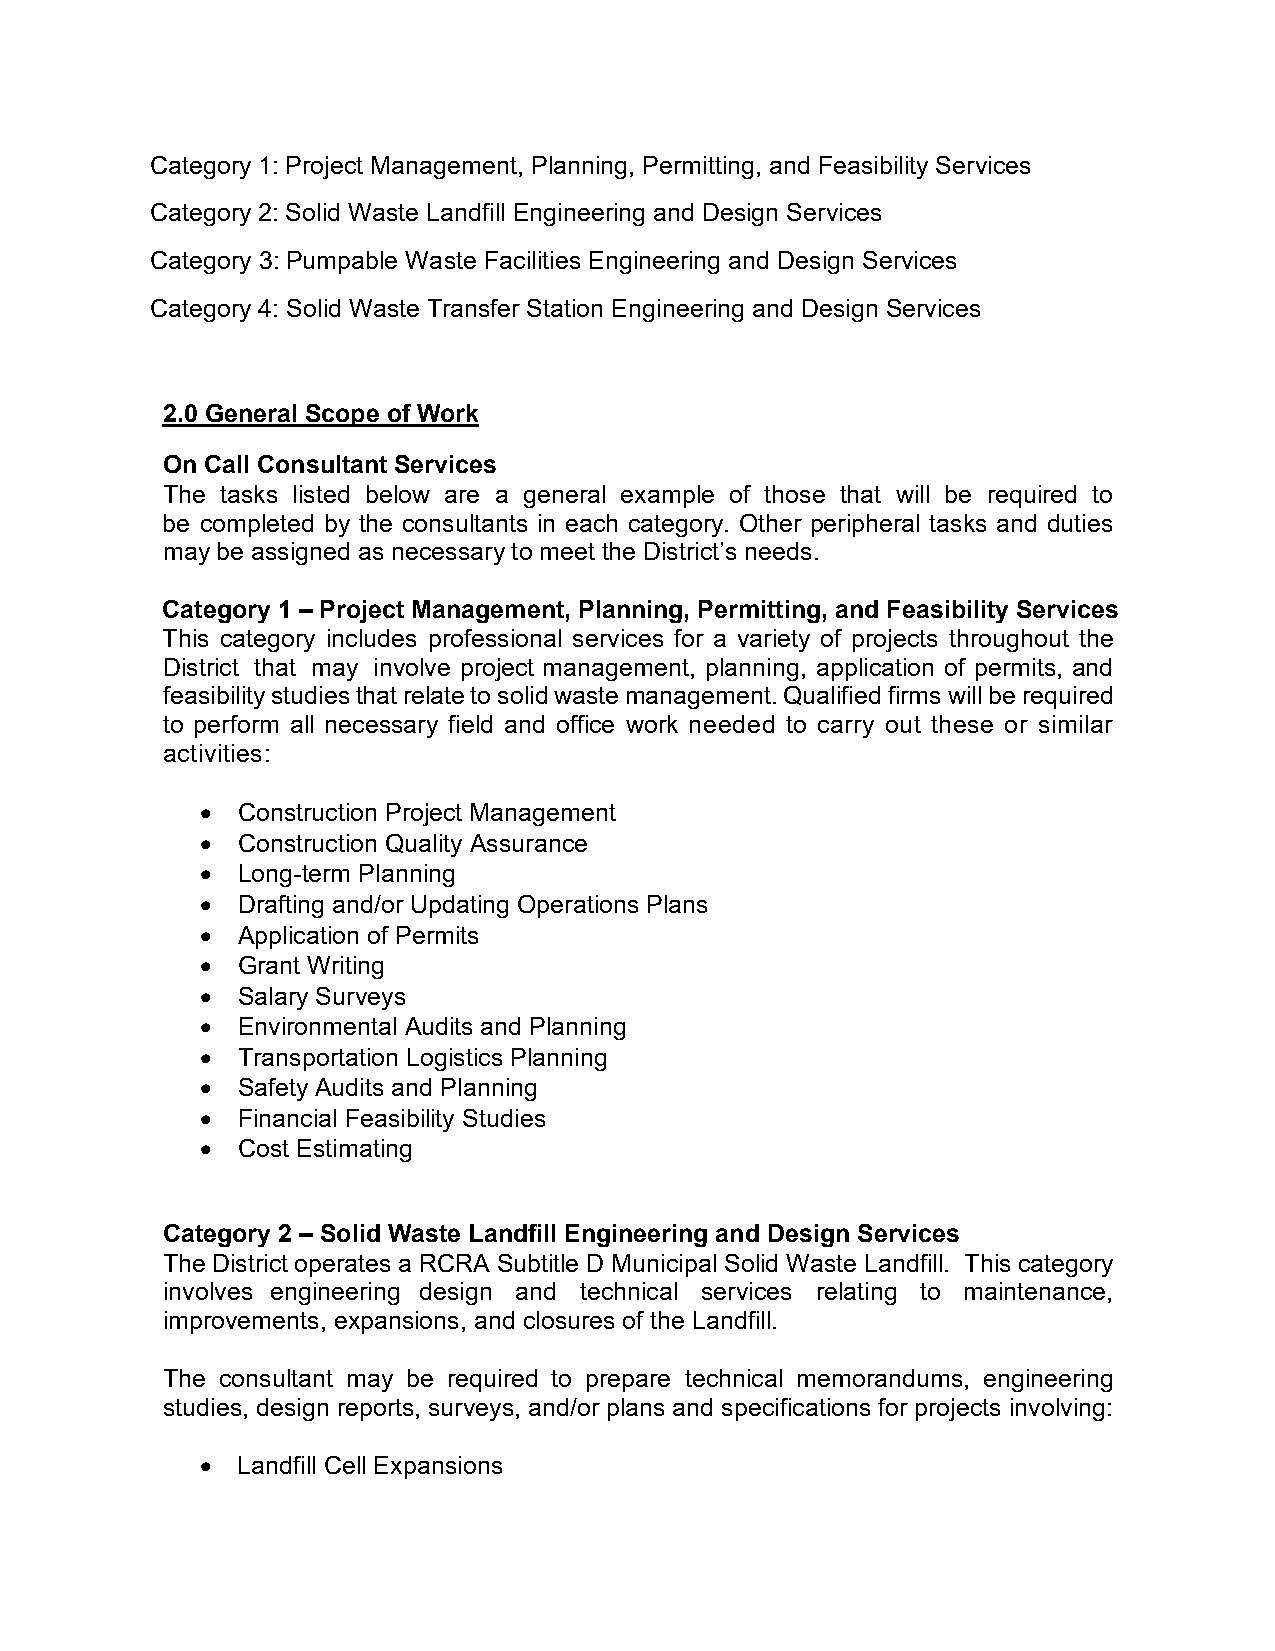
Category 1: Project Management, Planning, Permitting, and Feasibility Services
 Category 2: Solid Waste Landfill Engineering and Design Services
 Category 3: Pumpable Waste Facilities Engineering and Design Services
 Category 4: Solid Waste Transfer Station Engineering and Design Services
 2.0 General Scope of Work
 On Call Consultant Services
 The tasks listed below are a general example of those that will be required to
 be completed by the consultants in each category. Other peripheral tasks and duties
 may be assigned as necessary to meet the District’s needs.
 Category 1 – Project Management, Planning, Permitting, and Feasibility Services
 This category includes professional services for a variety of projects throughout the
 District that may involve project management, planning, application of permits, and
 feasibility studies that relate to solid waste management. Qualified firms will be required
 to perform all necessary field and office work needed to carry out these or similar
 activities:
 •  Construction Project Management
 •  Construction Quality Assurance
 •  Long-term Planning
 •  Drafting and/or Updating Operations Plans
 •  Application of Permits
 •  Grant Writing
 •  Salary Surveys
 •  Environmental Audits and Planning
 •  Transportation Logistics Planning
 •  Safety Audits and Planning
 •  Financial Feasibility Studies
 •  Cost Estimating
 Category 2 – Solid Waste Landfill Engineering and Design Services
 The District operates a RCRA Subtitle D Municipal Solid Waste Landfill. This category
 involves engineering design and technical services relating to maintenance,
 improvements, expansions, and closures of the Landfill.
 The consultant may be required to prepare technical memorandums, engineering
 studies, design reports, surveys, and/or plans and specifications for projects involving:
 •  Landfill Cell Expansions